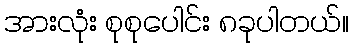
အားလုံး စုစုပေါင်း ၈ခုပါတယ်။